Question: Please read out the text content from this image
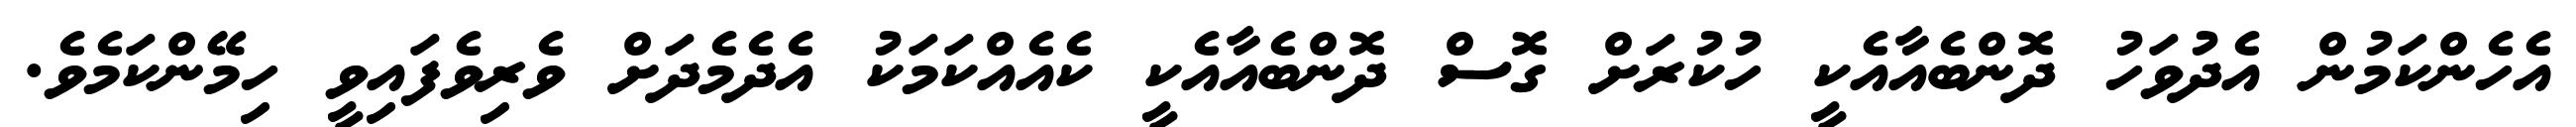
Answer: އެހެންކަމުން އެދުވަހު ދޮންބެއާއެކީ ހުކުރަށް ގޮސް ދޮންބެއާއެކީ ކެއެއްކަމަކު އެދެމެދަށް ވެރިވެފައިވީ ހިމޭންކަމެވެ.